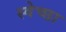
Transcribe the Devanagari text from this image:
स्‍वेच्‍छा